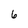
Character: 6